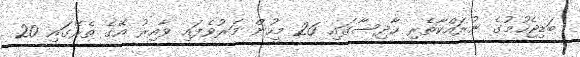
ބަޑިޖެހުމުގެ ނުރައްކާތެރި ހާދިސާގައި 26 މީހުން މަރުވެފައި ވާއިރު އޭގެ ތެރޭގައި 20